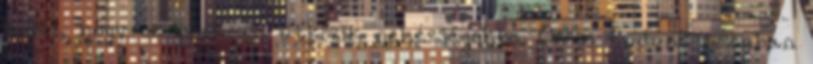
arról, hogy ez gyakran ütközik nehézségekbe. Össze tudunk azonban